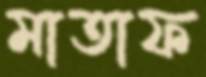
মাতাফ